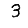
Digit: 3